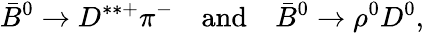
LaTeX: \bar{B}^{0}\to D^{\ast\ast+}\pi^{-}\quad\mathrm{and}\quad\bar{B}^{0}\to\rho^{0}D^{0},